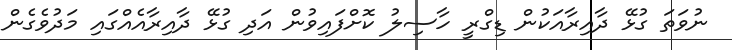
ނުވަތަ ގުޅޭ ދާއިރާއަކުން ޑިގްރީ ހާސިލު ކޮށްފައިވުން އަދި ގުޅޭ ދާއިރާއެއްގައި މަދުވެގެން